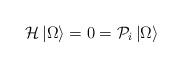
LaTeX: \begin{align*}{\cal {H}}\left| \Omega \right> =0={\cal {P}}_{i}\left| \Omega \right>\end{align*}